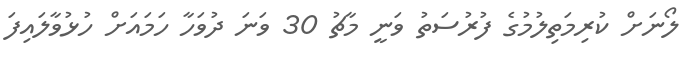
ލޯނަށް ކުރިމަތިލުމުގެ ފުރުސަތު ވަނީ މާޗު 30 ވަނަ ދުވަހާ ހަމައަށް ހުޅުވާލައިފަ